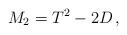
LaTeX: \begin{align*} M_2=T^2-2D \, , \end{align*}